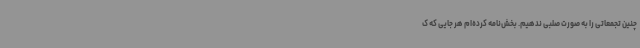
چنین تجمعاتی را به صورت صلبی ندهیم. بخش‌نامه کرده‌ام هر جایی که ک